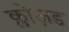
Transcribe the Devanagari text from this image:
क्लोज़ड